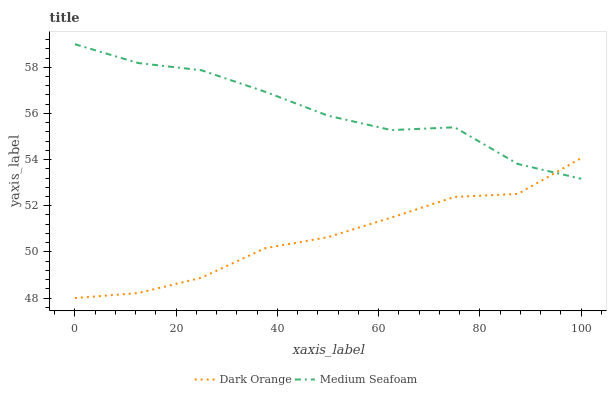
| xaxis_label | Dark Orange | Medium Seafoam |
 | --- | --- | --- |
 | 0 | 48 | 59 |
 | 12.5 | 48.2 | 58.2 |
 | 25 | 48.9 | 57.9 |
 | 37.5 | 50.2 | 56.9 |
 | 50 | 50.6 | 55.9 |
 | 62.5 | 51.5 | 55.3 |
 | 75 | 52.4 | 55.4 |
 | 87.5 | 52.5 | 53.8 |
 | 100 | 54.1 | 53.2 |